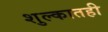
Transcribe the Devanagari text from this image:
शुल्कातही